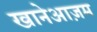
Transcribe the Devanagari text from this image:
खानेआज़म